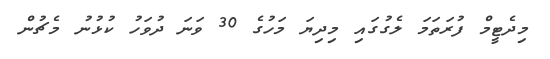
މިދެޓީމް ފުރަތަމަ ލެގުގައި މިދިޔަ މަހުގެ 30 ވަނަ ދުވަހު ކުޅުނު މެޗުން